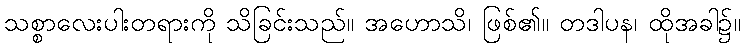
သစ္စာလေးပါးတရားကို သိခြင်းသည်။ အဟောသိ၊ ဖြစ်၏။ တဒါပန၊ ထိုအခါ၌။